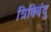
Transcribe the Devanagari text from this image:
त्रिक्बिंदु